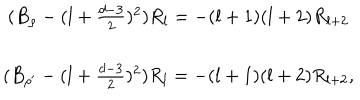
\begin{array} { c } { { ( B _ { \rho } - ( l + \frac { d - 3 } { 2 } ) ^ { 2 } ) R _ { l } = - ( l + 1 ) ( l + 2 ) R _ { l + 2 } } } \\ { { ( B _ { \rho ^ { \prime } } - ( l + \frac { d - 3 } { 2 } ) ^ { 2 } ) R _ { l } = - ( l + 1 ) ( l + 2 ) R _ { l + 2 } , } } \\ \end{array}